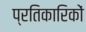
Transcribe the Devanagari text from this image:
प्रतिकारिकों